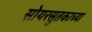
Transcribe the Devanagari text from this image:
सोयरसुतकाच्या